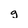
Character: g